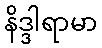
နိဒ္ဒါရာမာ